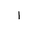
Letter: _alif